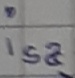
Text: isa